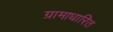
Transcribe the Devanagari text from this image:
ग्रामाधारित